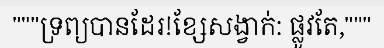
"""ទ្រព្យបានដែរ!ខ្សែសង្វាក់: ផ្លូវតែ,"""